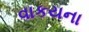
વાકયના